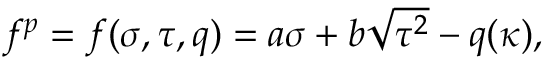
\begin{array} { r } { f ^ { p } = f ( \sigma , \tau , q ) = a \sigma + b \sqrt { \tau ^ { 2 } } - q ( \kappa ) , } \end{array}